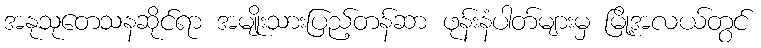
အနုသုတေသနဆိုင်ရာ အမျိုးသားပြည့်တန်ဆာ ဖုန်းနံပါတ်များမှ မြို့အလယ်တွင်